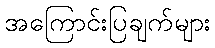
အကြောင်းပြချက်များ